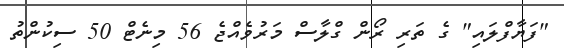
"ފަޔާފްލައި" ގެ ތަރި ރޯން ގްލާސް މަރުވެއްޖެ 56 މިނެޓް 50 ސިކުންތު